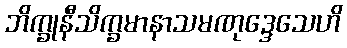
ဘိက္ခုနီသိက္ခမာနာသမဏုဒ္ဒေသေဟိ